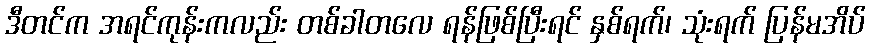
ဒီတင်က အရင်ကုန်းကလည်း တစ်ခါတလေ ရန်ဖြစ်ပြီးရင် နှစ်ရက်၊ သုံးရက် ပြန်မအိပ်